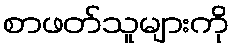
စာဖတ်သူများကို